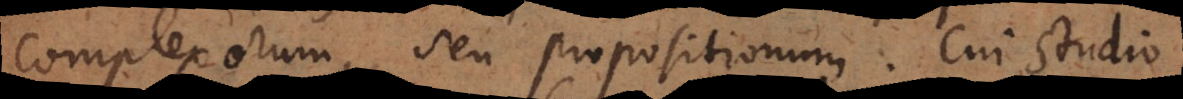
complexorum, seu propositionum. Cui studio